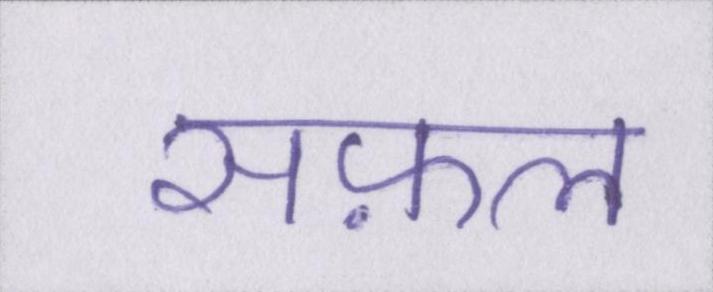
सफ़ल